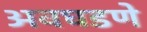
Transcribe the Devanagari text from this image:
अवघडणे